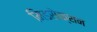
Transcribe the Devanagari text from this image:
मिडसेक्शन